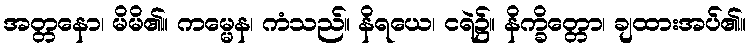
အတ္တနော၊ မိမိ၏။ ကမ္မေန၊ ကံသည်။ နိရယေ၊ ငရဲ၌။ နိက္ခိတ္တော၊ ချထားအပ်၏။